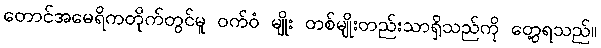
တောင်အမေရိကတိုက်တွင်မူ ဝက်ဝံ မျိုး တစ်မျိုးတည်းသာရှိသည်ကို တွေ့ရသည်။